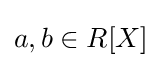
a,b\in R[X]